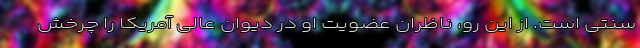
سنتی است. از این رو، ناظران عضویت او در دیوان عالی آمریکا را چرخش